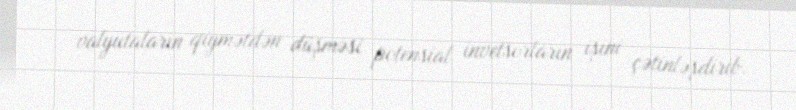
valyutaların qiymətdən düşməsi potensial invetsorların işini çətinləşdirib.